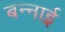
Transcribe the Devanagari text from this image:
बन्नाई